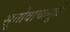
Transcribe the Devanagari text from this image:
सूतोवाचामूळे